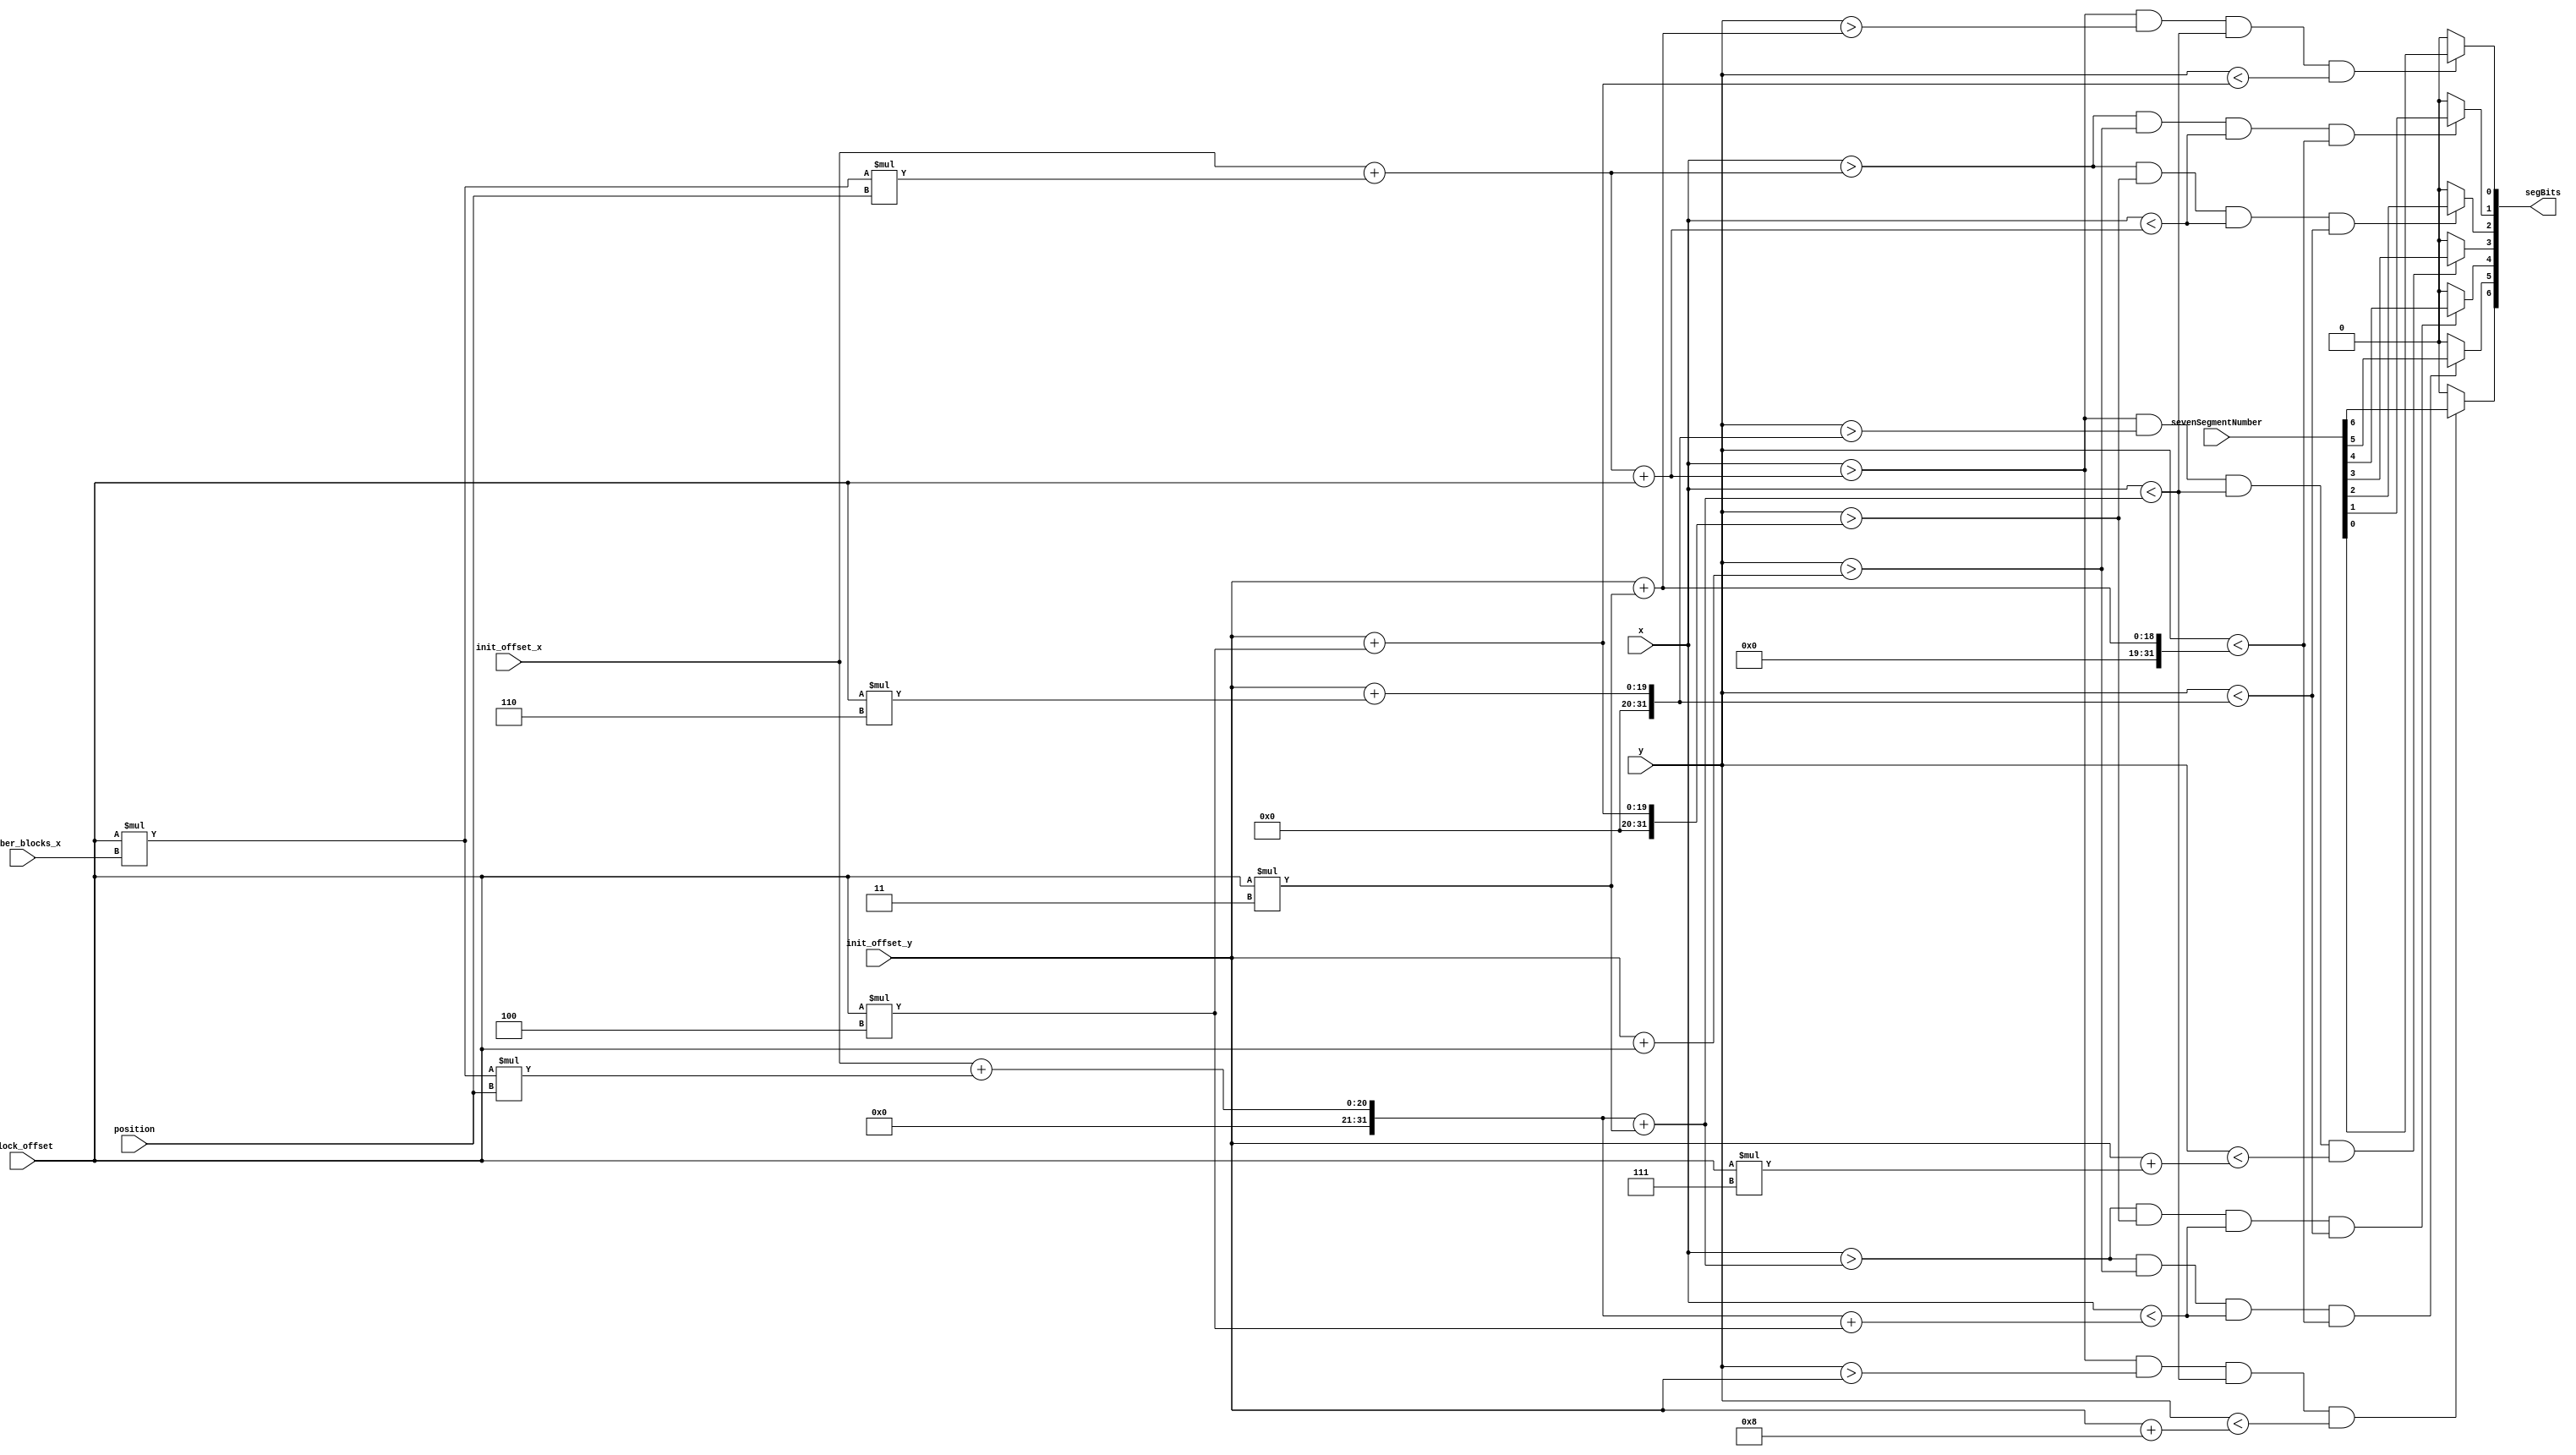
// Este mdulo devuelve un bus de 7 bits, cada uno de los cuales est asignado a un segmento
// y est en estado HIGH cuando las coordenadas de x e y se encuentran dentro de ste, en el caso 
// de que deba estar encendido. De no estar encendido el segmento o no corresponder las coordenadas,
// estar la salida en LOW.
module segmentAssignment (				// Recibe coordenadas actuales				
input wire [9:0] x,  		                 
input wire [8:0] y,               		      
input wire [3:0] position,				// Recibe la posicin en la que debe "dibujar" el nmero (devolver HIGH si corresponde) (HMMSS)			
input wire [6:0] sevenSegmentNumber,// Recibe el nmero a "dibujar"
output wire [6:0] segBits,				// Devuelve el bus de estado de este dgito de siete segmentos
input wire [15:0] init_offset_x,
input wire [15:0] init_offset_y,
input wire [15:0] number_blocks_x,
input wire [15:0] block_offset

);
	 wire [15:0] number_offset_x= block_offset*number_blocks_x;
	 
	 
	 // Asignacin del bus:
	 assign segBits[6] = ((x > init_offset_x+number_offset_x*position+block_offset) 		& (y >  init_offset_y) 						& (x < init_offset_x+number_offset_x*position+block_offset*3) & (y < init_offset_y+8)) 				 ? sevenSegmentNumber[6] : 0;
    assign segBits[5] = ((x > init_offset_x+number_offset_x*position+block_offset*3) 	& (y >  init_offset_y+block_offset) 	& (x < init_offset_x+number_offset_x*position+block_offset*4) & (y < init_offset_y+block_offset*3)) ? sevenSegmentNumber[5] : 0;
    assign segBits[4] = ((x > init_offset_x+number_offset_x*position+block_offset*3) 	& (y >  init_offset_y+block_offset*4) 	& (x < init_offset_x+number_offset_x*position+block_offset*4) & (y < init_offset_y+block_offset*6)) ? sevenSegmentNumber[4] : 0;
    assign segBits[3] = ((x > init_offset_x+number_offset_x*position+block_offset) 		& (y >  init_offset_y+block_offset*6) 	& (x < init_offset_x+number_offset_x*position+block_offset*3) & (y < init_offset_y+block_offset*7)) ? sevenSegmentNumber[3] : 0;
	 assign segBits[2] = ((x > init_offset_x+number_offset_x*position) 						& (y >  init_offset_y+block_offset*4) 	& (x < init_offset_x+number_offset_x*position+block_offset)   & (y < init_offset_y+block_offset*6)) ? sevenSegmentNumber[2] : 0;
    assign segBits[1] = ((x > init_offset_x+number_offset_x*position) 						& (y >  init_offset_y+block_offset) 	& (x < init_offset_x+number_offset_x*position+block_offset)   & (y < init_offset_y+block_offset*3)) ? sevenSegmentNumber[1] : 0;
    assign segBits[0] = ((x > init_offset_x+number_offset_x*position+block_offset) 		& (y >  init_offset_y+block_offset*3) 	& (x < init_offset_x+number_offset_x*position+block_offset*3) & (y < init_offset_y+block_offset*4)) ? sevenSegmentNumber[0] : 0;

endmodule